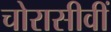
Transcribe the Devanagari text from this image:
चोरासीवीं